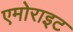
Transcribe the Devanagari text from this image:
एमोराइट